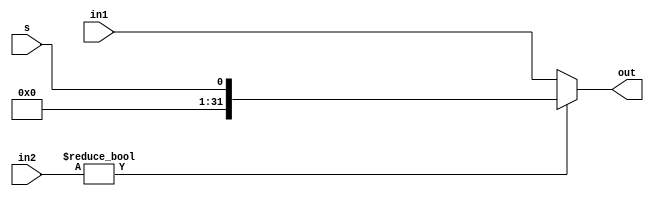
module mux2to1_32(in1,in2,s,out);
input [31:0] in1;
input [31:0] in2;
input s;
output [31:0] out;

assign out = in2 ? s : in1;
   
endmodule